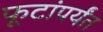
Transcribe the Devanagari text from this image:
फूटांपर्यंत